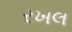
રખલ